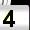
Digit: 4